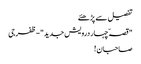
تفصیل سے پڑھئے
" قصہّ چہار درویش جدید"-ظفرجی
صاحبان !